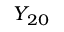
Y _ { 2 0 }